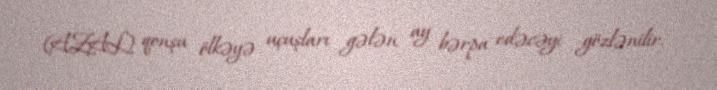
(AZAL) qonşu ölkəyə uçuşları gələn ay bərpa edəcəyi gözlənilir.